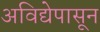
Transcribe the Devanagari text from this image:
अविद्येपासून